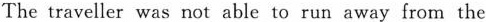
The traveller was not able to run away from the